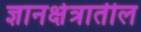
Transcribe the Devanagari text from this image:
ज्ञानक्षेत्रातील